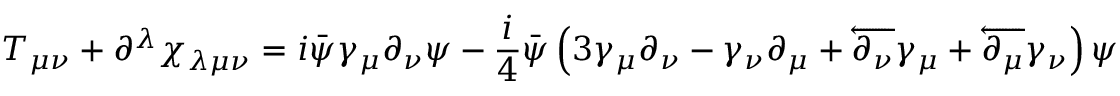
T _ { \mu \nu } + \partial ^ { \lambda } \chi _ { \lambda \mu \nu } = i \bar { \psi } \gamma _ { \mu } \partial _ { \nu } \psi - \frac { i } { 4 } \bar { \psi } \left( 3 \gamma _ { \mu } \partial _ { \nu } - \gamma _ { \nu } \partial _ { \mu } + \overleftarrow { \partial _ { \nu } } \gamma _ { \mu } + \overleftarrow { \partial _ { \mu } } \gamma _ { \nu } \right) \psi